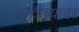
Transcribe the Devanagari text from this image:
कोटींच्यावर